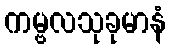
ကမ္ဗလသုခုမာနံ